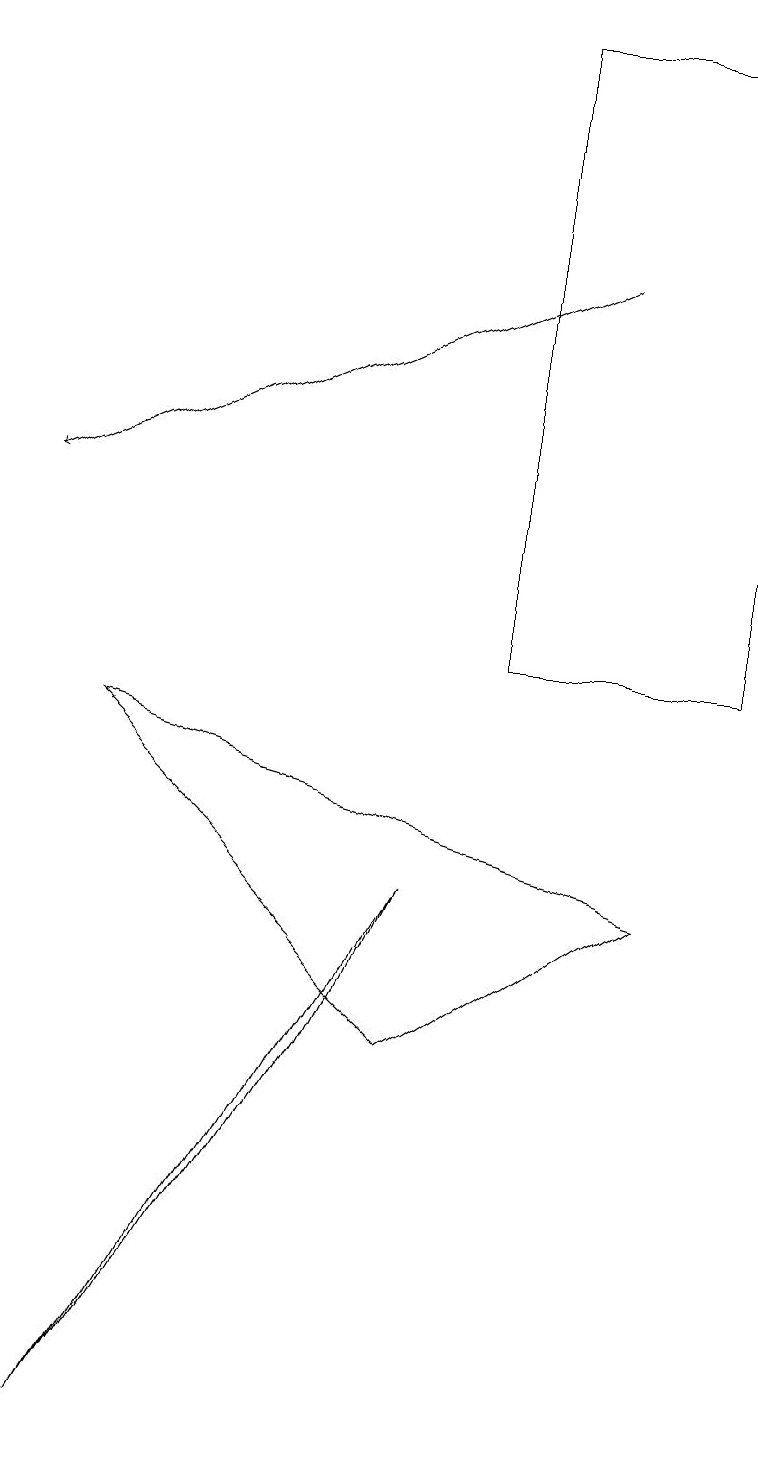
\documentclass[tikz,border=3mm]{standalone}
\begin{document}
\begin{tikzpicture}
\draw (6,18) rectangle (9,10);
\draw[->] (7,15) -- (0,12);
\draw (1,0) -- (4,5) -- (5,7) -- cycle;
\draw (5,5) -- (1,9) -- (8,7) -- cycle;
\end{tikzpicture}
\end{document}